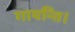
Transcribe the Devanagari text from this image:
गायन्ति।